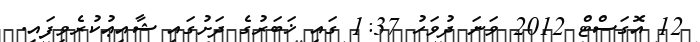
12 އޮގަސްޓް 2012 ވަނަ ދުވަހު 1:37 ގައި ޚަބަރުގެ ދަށުގައި ޝާއިޢުކުރެވިފައި.